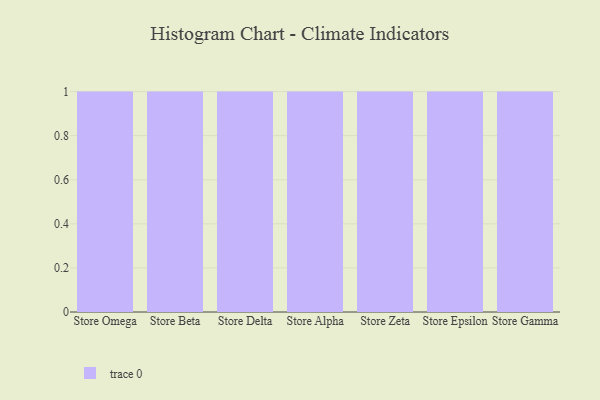
{"axis": {"x": "Store", "y": "Conversion Rate (%)"}, "legend": [""], "data": [{"x": "Store Omega", "y": 3, "type": ""}, {"x": "Store Beta", "y": 66, "type": ""}, {"x": "Store Delta", "y": 85, "type": ""}, {"x": "Store Alpha", "y": 19, "type": ""}, {"x": "Store Zeta", "y": 62, "type": ""}, {"x": "Store Epsilon", "y": 96, "type": ""}, {"x": "Store Gamma", "y": 21, "type": ""}]}